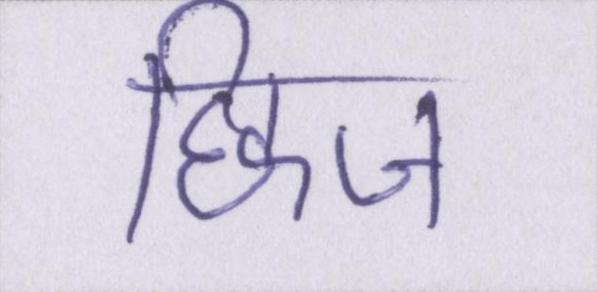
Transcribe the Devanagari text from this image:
छिंज